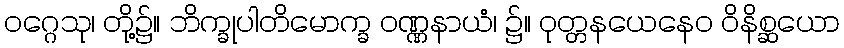
ဝဂ္ဂေသု၊ တို့၌။ ဘိက္ခုပါတိမောက္ခ ဝဏ္ဏနာယံ၊ ၌။ ဝုတ္တနယေနေဝ ဝိနိစ္ဆယော